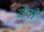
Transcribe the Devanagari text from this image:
वेषी